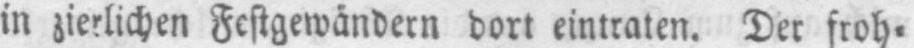
dort eintraten. Der froh⸗